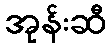
အုန်းဆီ